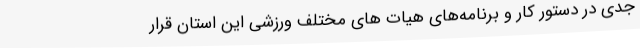
جدی در دستور کار و برنامه‌های هیات های مختلف ورزشی این استان قرار